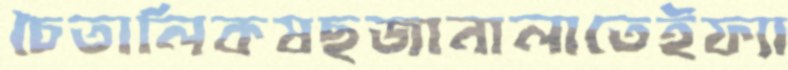
চৈতালিকষছজানালাতেইফ্যা